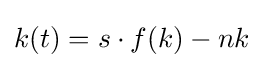
k(t)=s\cdot f(k)-nk